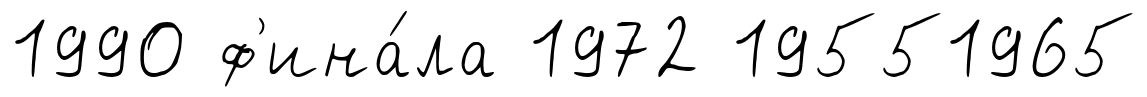
1990 ф'ина́ла 1972 19551965